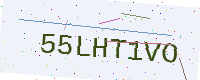
Text: 55LHT1VO